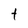
Character: t